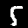
Digit: 5